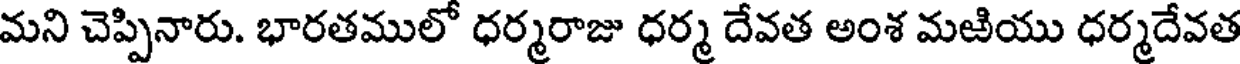
మని చెప్పినారు. భారతములో ధర్మరాజు ధర్మ దేవత అంశ మఱియు ధర్మదేవత